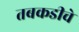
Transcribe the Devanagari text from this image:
तबकडीचे